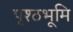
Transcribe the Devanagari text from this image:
पृश्ठभूमि